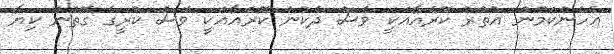
އެހެންކަމުން އުތުރު ކޮރެއާއަކީ ވެސް ދެކުނު ކޮރެއާއަކީ ވެސް ކުރީގެ ގޮތުން ކިޔާ